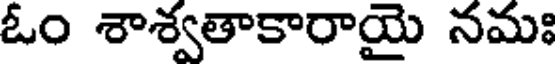
ఓం శాశ్వతాకారాయై నమః